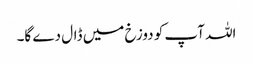
اللہ آپ کو دوزخ میں ڈال دے گا۔